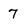
Character: 7